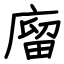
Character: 廇